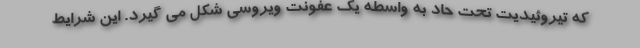
که تیروئیدیت تحت حاد به واسطه یک عفونت ویروسی شکل می گیرد. این شرایط